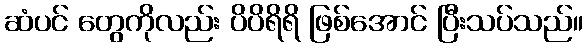
ဆံပင် တွေကိုလည်း ပိပိရိရိ ဖြစ်အောင် ပြီးသပ်သည်။